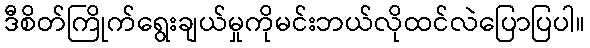
ဒီစိတ်ကြိုက်ရွေးချယ်မှုကိုမင်းဘယ်လိုထင်လဲပြောပြပါ။